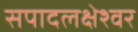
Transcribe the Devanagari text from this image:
सपादलक्षेश्वर